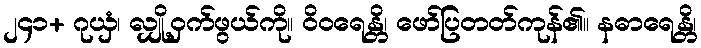
၂၄၁+ ဂုယှံ၊ လျှို့ဝှက်ဖွယ်ကို။ ဝိဝရေန္တိ၊ ဖော်ပြတတ်ကုန်၏။ နဓာရေန္တိ၊